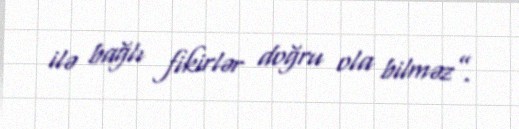
ilə bağlı fikirlər doğru ola bilməz”.